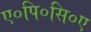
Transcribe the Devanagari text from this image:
ए०पि०सि०ए